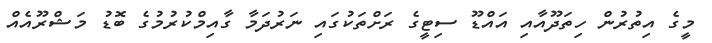
މީގެ އިތުރުން ހިތަދޫއާއި އައްޑޫ ސިޓީގެ ރަށްތަކުގައި ނަރުދަމާ ގާއިމްކުރުމުގެ ބޮޑު މަޝްރޫއެއް